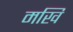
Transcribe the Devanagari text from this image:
मखि